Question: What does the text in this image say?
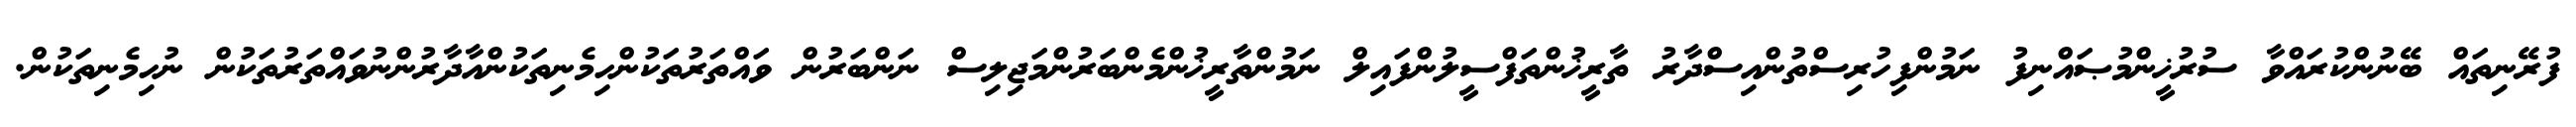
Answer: ފުރޭނިތައް ބޭނުންކުރައްވާ ސުރުޚީންމުޞައްނިފު ނަމުންފިހުރިސްތުންއިސްދާރު ތާރީޚުންތަފްސީލުންފައިލް ނަމުންތާރީޚުންމެންބަރުންމަޖިލިސް ނަންބަރުން ވައްތަރުތަކުންހިމެނިތަކުންއާދާރުންނުވައްތަރުތަކުން ނުހިމެނިތަކުން.